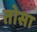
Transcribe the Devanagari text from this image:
तोसा